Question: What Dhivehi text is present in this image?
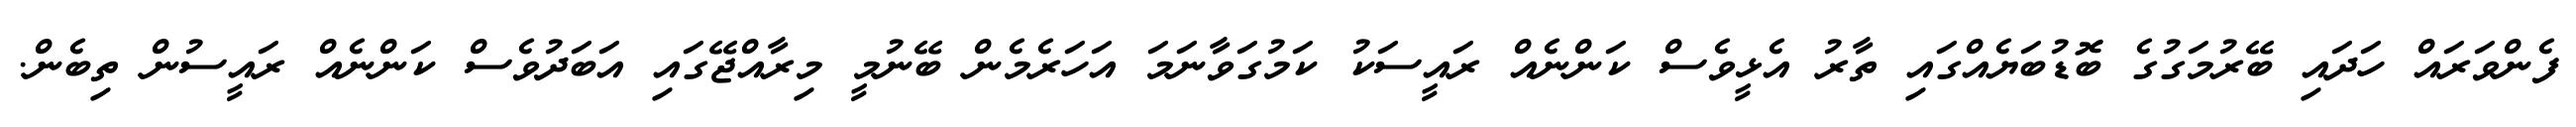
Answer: ފެންވަރައް ހަދައި ބޭރުމަގުގެ ބޮޑުބަޔެއްގައި ތާރު އެޅީވެސް ކަންނެއް ރައީސަކު ކަމުގަވާނަމަ އަހަރެމެން ބޭނުމީ މިރާއްޖޭގައި އަބަދުވެސް ކަންނެއް ރައީސުން ތިބެން.